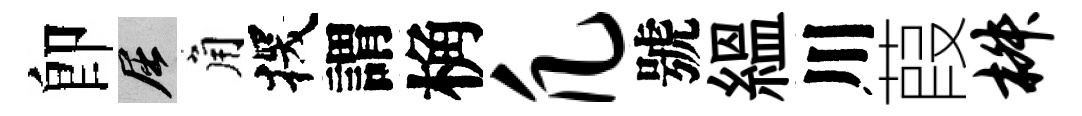
卽屈角探謂桷凡號緼川葭椒